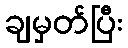
ချမှတ်ပြီး